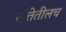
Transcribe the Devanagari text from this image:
सत्तेतीलच